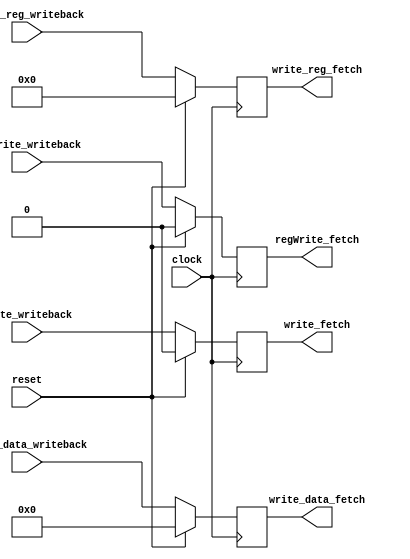
/** @module : writeback_pipe_unit
 *  @author : Adaptive & Secure Computing Systems (ASCS) Laboratory
 
 *  Copyright (c) 2018 BRISC-V (ASCS/ECE/BU)
 *  Permission is hereby granted, free of charge, to any person obtaining a copy
 *  of this software and associated documentation files (the "Software"), to deal
 *  in the Software without restriction, including without limitation the rights
 *  to use, copy, modify, merge, publish, distribute, sublicense, and/or sell
 *  copies of the Software, and to permit persons to whom the Software is
 *  furnished to do so, subject to the following conditions:
 *  The above copyright notice and this permission notice shall be included in
 *  all copies or substantial portions of the Software.

 *  THE SOFTWARE IS PROVIDED "AS IS", WITHOUT WARRANTY OF ANY KIND, EXPRESS OR
 *  IMPLIED, INCLUDING BUT NOT LIMITED TO THE WARRANTIES OF MERCHANTABILITY,
 *  FITNESS FOR A PARTICULAR PURPOSE AND NONINFRINGEMENT. IN NO EVENT SHALL THE
 *  AUTHORS OR COPYRIGHT HOLDERS BE LIABLE FOR ANY CLAIM, DAMAGES OR OTHER
 *  LIABILITY, WHETHER IN AN ACTION OF CONTRACT, TORT OR OTHERWISE, ARISING FROM,
 *  OUT OF OR IN CONNECTION WITH THE SOFTWARE OR THE USE OR OTHER DEALINGS IN
 *  THE SOFTWARE.
 */

module writeback_pipe_unit #(parameter  DATA_WIDTH = 32,
                              ADDRESS_BITS = 20)(
    
    input clock, reset,    
    input regWrite_writeback,                    
    input [4:0] write_reg_writeback,
    input [DATA_WIDTH-1:0] write_data_writeback,
    input write_writeback,
   
    output regWrite_fetch,   
    output [4:0] write_reg_fetch,
    output [DATA_WIDTH-1:0] write_data_fetch,
    output write_fetch
    );
  
reg [4:0] write_reg_writeback_to_fetch;   
reg [DATA_WIDTH-1:0] write_data_writeback_to_fetch;
reg  write_writeback_to_fetch;
reg regWrite_writeback_to_fetch; 


assign regWrite_fetch    =  regWrite_writeback_to_fetch;               
assign write_reg_fetch   =  write_reg_writeback_to_fetch;   
assign write_data_fetch  =  write_data_writeback_to_fetch;
assign write_fetch       =  write_writeback_to_fetch;


always @(posedge clock) begin
   if(reset) begin  
       write_reg_writeback_to_fetch     <= 5'b0;
       write_data_writeback_to_fetch    <= {DATA_WIDTH{1'b0}};
       write_writeback_to_fetch         <= 1'b0;
       regWrite_writeback_to_fetch      <= 1'b0;
   end
   else begin
       write_reg_writeback_to_fetch     <=  write_reg_writeback;
       write_data_writeback_to_fetch    <=  write_data_writeback;
       write_writeback_to_fetch         <=  write_writeback;    
       regWrite_writeback_to_fetch      <=  regWrite_writeback;
   end   
end
endmodule